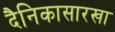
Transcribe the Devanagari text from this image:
दैनिकासारखा